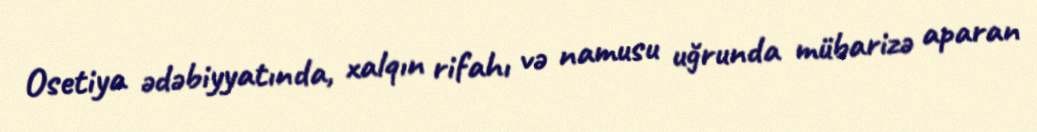
Osetiya ədəbiyyatında, xalqın rifahı və namusu uğrunda mübarizə aparan